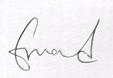
Signature authenticity: genuine